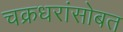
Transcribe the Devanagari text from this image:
चक्रधरांसोबत